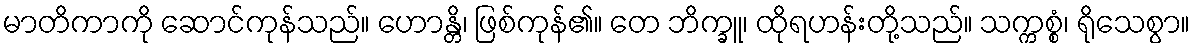
မာတိကာကို ဆောင်ကုန်သည်။ ဟောန္တိ၊ ဖြစ်ကုန်၏။ တေ ဘိက္ခူ၊ ထိုရဟန်းတို့သည်။ သက္ကစ္စံ၊ ရိုသေစွာ။